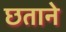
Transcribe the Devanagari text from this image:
छताने